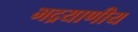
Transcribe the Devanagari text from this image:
भद्रयाणीय